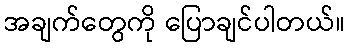
အချက်တွေကို ပြောချင်ပါတယ်။